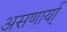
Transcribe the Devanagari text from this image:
असणार्या्